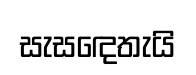
සැසඳෙතැයි